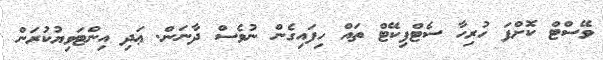
ވޭސްޓް ކޮށްފަ ހުރިހާ ސެޓްފިކޭޓް ތައް ހިފައިގެން ނުވެސް ދާނަން. ޢަދި އިންޓަވިޔުކުރަން